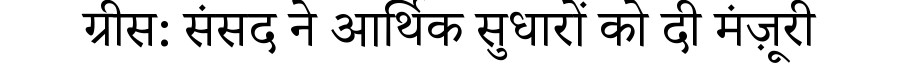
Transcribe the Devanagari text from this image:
ग्रीस: संसद ने आर्थिक सुधारों को दी मंज़ूरी